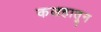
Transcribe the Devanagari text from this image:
कलहातून